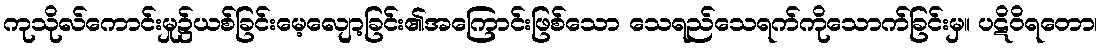
ကုသိုလ်ကောင်းမှု၌ယစ်ခြင်းမေ့လျော့ခြင်း၏အကြောင်းဖြစ်သော သေရည်သေရက်ကိုသောက်ခြင်းမှ။ ပဋိဝိရတော၊